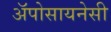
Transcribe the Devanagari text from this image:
अॅपोसायनेसी